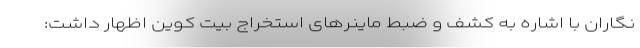
نگاران با اشاره به کشف و ضبط ماینرهای استخراج بیت کوین اظهار داشت: